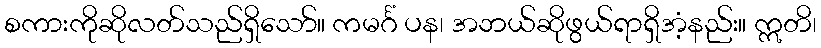
စကားကိုဆိုလတ်သည်ရှိသော်။ ကမင်္ဂံ ပန၊ အဘယ်ဆိုဖွယ်ရာရှိအံ့နည်း။ ဣတိ၊